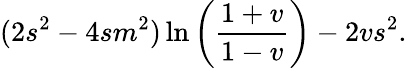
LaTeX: (2s^{2}-4sm^{2})\ln\left(\frac{1+v}{1-v}\right)-2vs^{2}.